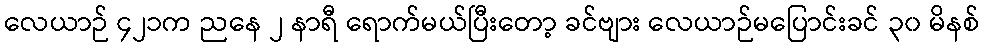
လေယာဉ် ၄၂၁က ညနေ ၂ နာရီ ရောက်မယ်ပြီးတော့ ခင်ဗျား လေယာဉ်မပြောင်းခင် ၃၀ မိနစ်